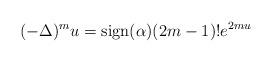
LaTeX: \begin{align*} (-\Delta)^mu=\mathrm{sign}(\alpha)(2m-1)!e^{2mu}\end{align*}